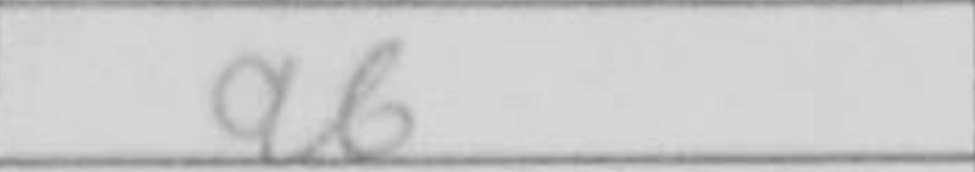
Transcription: a6